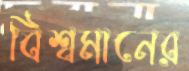
বিশ্বমানের